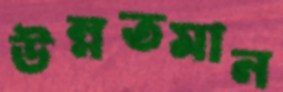
উন্নতমান